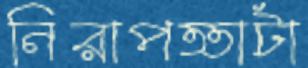
নিরাপত্তাটা